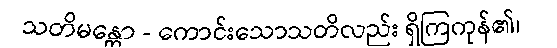
သတိမန္တော - ကောင်းသောသတိလည်း ရှိကြကုန်၏၊